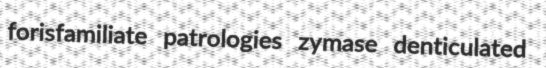
forisfamiliate patrologies zymase denticulated